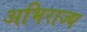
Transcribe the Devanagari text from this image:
अभिराज्य